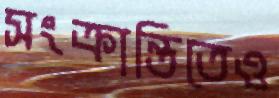
সংক্রান্তিতেও